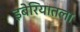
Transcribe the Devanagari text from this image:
इबेरियातला